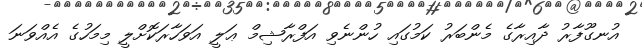
އުނގޫފާރު ދާއިރާގެ މެންބަރު ކަމުގައި ހުންނެވި އަފްރާޝިމް ޢަލީ އަވަހާރަކޮށްލީ މިމަހުގެ އެއްވަނަ